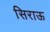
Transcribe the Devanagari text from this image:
सिराऊ